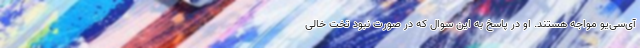
آی‌سی‌یو مواجه هستند. او در پاسخ به این سوال که در صورت نبود تخت خالی